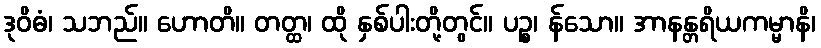
ဒုဝိဓံ၊ သဘည်။ ဟောတိ။ တတ္ထ၊ ထို နှစ်ပါးတို့တွင်။ ပဉ္စ၊ န်သော။ အာနန္တရိယကမ္မာနိ၊